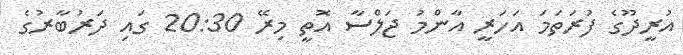
އުރީދޫގެ ފުރަތަމަ އަހަރީ އާންމު ޖަލްސާ އޮތީ މިރޭ 20:30 ގައި ދަރުބާރުގެ